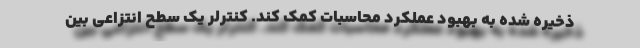
ذخیره شده به بهبود عملکرد محاسبات کمک کند. کنترلر یک سطح انتزاعی بین